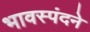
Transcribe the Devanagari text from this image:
भावस्पंदने